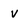
Character: v